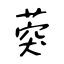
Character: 葖